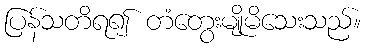
ပြန်သတိရ၍ တံတွေးမျိုမိသေးသည်။